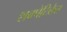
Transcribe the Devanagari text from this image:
शवपेटिकेत